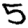
Digit: 5